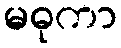
မဓုကာ